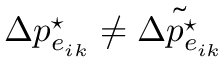
\Delta p _ { e _ { i k } } ^ { \star } \neq \tilde { \Delta p _ { e _ { i k } } ^ { \star } }